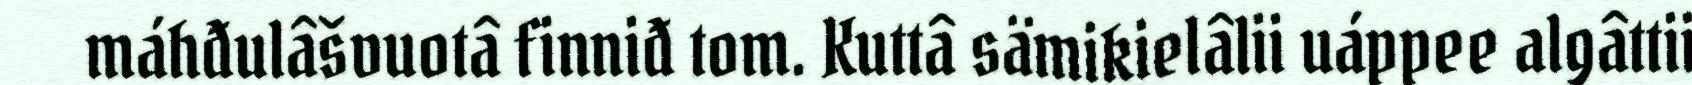
máhđulâšvuotâ finniđ tom. Kuttâ sämikielâlii uáppee algâttii